65_HS1-834228961_62-HQ-83894_Section_3
Agency: FBI
Page 22
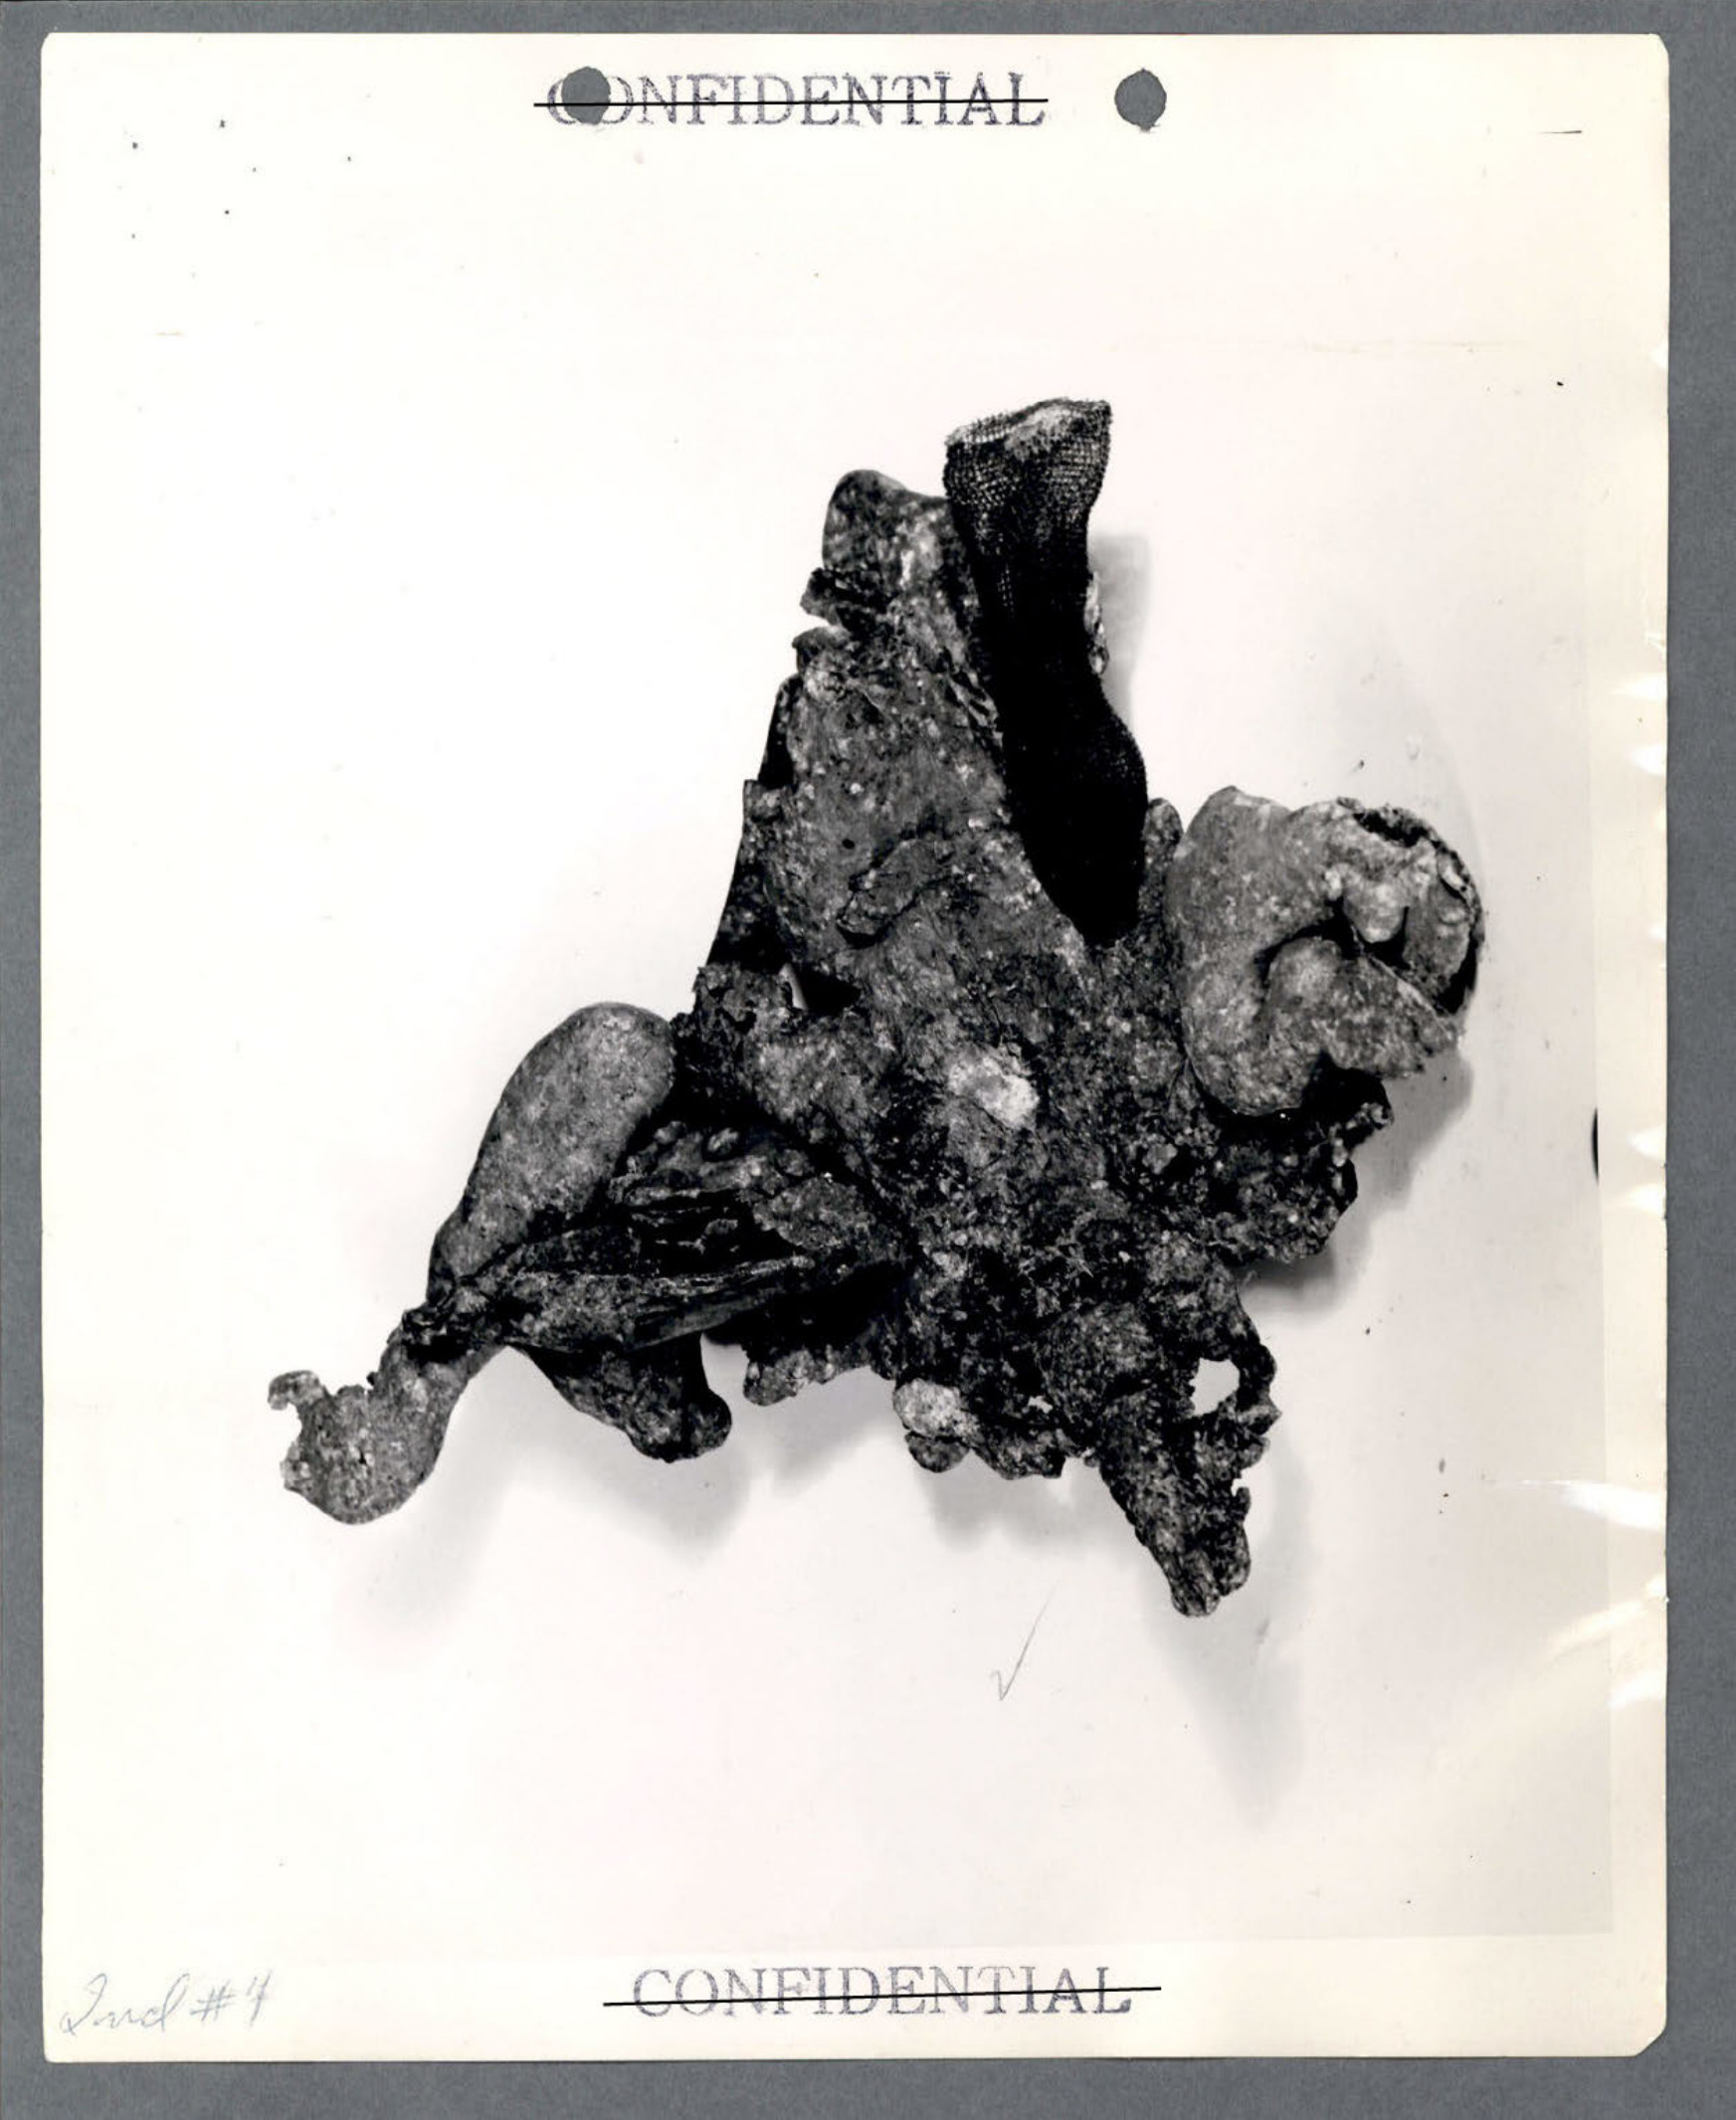